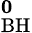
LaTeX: \mathbf{^0_{\mathrm{BH}}}